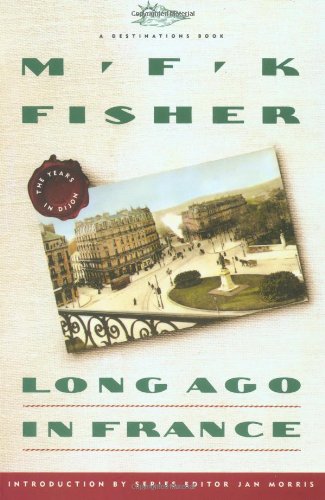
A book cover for Long Ago In France: The Years In Dijon (Destinations); M.F.K. Fisher; Crafts, Hobbies & Home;